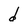
Character: d